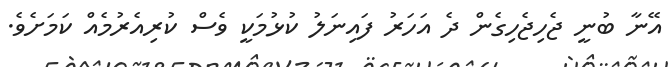
އޭނާ ބުނީ ޖެހިޖެހިގެން ދެ އަހަރު ފައިނަލު ކުޅުމަކީ ވެސް ކުރިއެރުމެއް ކަމަށެވެ.